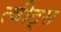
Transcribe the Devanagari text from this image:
त्वीट्स